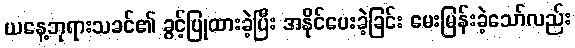
ယနေ့ဘုရားသခင်၏ ခွင့်ပြုထားခဲ့ပြီး အနိုင်ပေးခဲ့ခြင်း မေးမြန်းခဲ့သော်လည်း